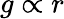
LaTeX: g\propto r